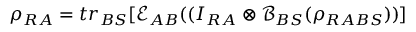
\rho _ { R A } = t r _ { B S } [ \mathcal { E } _ { A B } ( ( I _ { R A } \otimes \mathcal { B } _ { B S } ( \rho _ { R A B S } ) ) ]